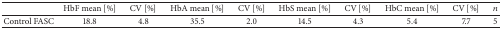
|  | HbF mean [%] | CV [%] | HbA mean [%] | CV [%] | HbS mean [%] | CV [%] | HbC mean [%] | CV [%] | n |
 | --- | --- | --- | --- | --- | --- | --- | --- | --- | --- |
 | Control FASC | 18.8 | 4.8 | 35.5 | 2.0 | 14.5 | 4.3 | 5.4 | 7.7 | 5 |